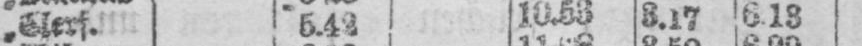
„ Clerf. 5.42 10.53 3.17 6.13